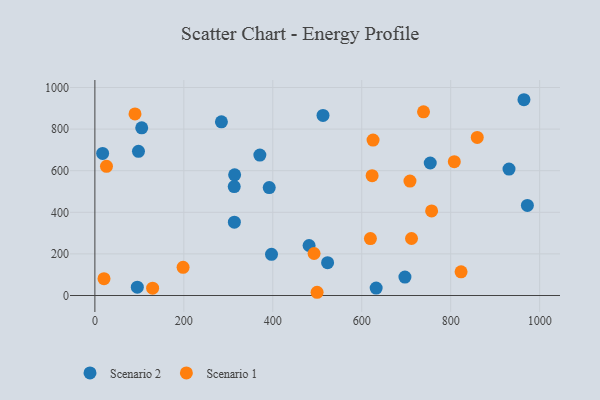
{"axis": {"x": "Price", "y": "Rating"}, "legend": ["Scenario 1", "Scenario 2"], "data": [{"x": "313.6", "y": 352.6, "type": "Scenario 2"}, {"x": "481.6", "y": 240.3, "type": "Scenario 2"}, {"x": "284.5", "y": 835.1, "type": "Scenario 2"}, {"x": "972.4", "y": 432.9, "type": "Scenario 2"}, {"x": "314.2", "y": 580.0, "type": "Scenario 2"}, {"x": "98.0", "y": 693.3, "type": "Scenario 2"}, {"x": "931.1", "y": 607.9, "type": "Scenario 2"}, {"x": "95.4", "y": 40.1, "type": "Scenario 2"}, {"x": "397.1", "y": 198.0, "type": "Scenario 2"}, {"x": "392.0", "y": 519.0, "type": "Scenario 2"}, {"x": "17.4", "y": 682.8, "type": "Scenario 2"}, {"x": "632.4", "y": 35.5, "type": "Scenario 2"}, {"x": "964.7", "y": 941.2, "type": "Scenario 2"}, {"x": "105.3", "y": 806.3, "type": "Scenario 2"}, {"x": "370.9", "y": 675.0, "type": "Scenario 2"}, {"x": "523.2", "y": 158.0, "type": "Scenario 2"}, {"x": "313.3", "y": 523.6, "type": "Scenario 2"}, {"x": "697.1", "y": 88.5, "type": "Scenario 2"}, {"x": "754.0", "y": 637.1, "type": "Scenario 2"}, {"x": "512.9", "y": 865.9, "type": "Scenario 2"}, {"x": "808.1", "y": 643.5, "type": "Scenario 1"}, {"x": "499.6", "y": 15.5, "type": "Scenario 1"}, {"x": "623.3", "y": 576.3, "type": "Scenario 1"}, {"x": "129.8", "y": 35.2, "type": "Scenario 1"}, {"x": "823.3", "y": 113.7, "type": "Scenario 1"}, {"x": "708.4", "y": 550.0, "type": "Scenario 1"}, {"x": "26.1", "y": 621.1, "type": "Scenario 1"}, {"x": "625.4", "y": 747.3, "type": "Scenario 1"}, {"x": "738.9", "y": 883.2, "type": "Scenario 1"}, {"x": "90.2", "y": 872.7, "type": "Scenario 1"}, {"x": "757.1", "y": 406.8, "type": "Scenario 1"}, {"x": "619.5", "y": 273.8, "type": "Scenario 1"}, {"x": "859.7", "y": 760.1, "type": "Scenario 1"}, {"x": "492.8", "y": 201.9, "type": "Scenario 1"}, {"x": "20.5", "y": 80.9, "type": "Scenario 1"}, {"x": "198.3", "y": 135.3, "type": "Scenario 1"}, {"x": "711.9", "y": 274.0, "type": "Scenario 1"}]}